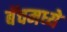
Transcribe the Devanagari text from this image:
बॅचमध्ये